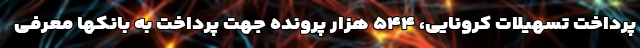
پرداخت تسهیلات کرونایی، ۵۴۴ هزار پرونده جهت پرداخت به بانکها معرفی